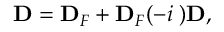
{ \mathbf D } = { \mathbf D } _ { F } + { \mathbf D } _ { F } ( - i { \mathbf \Pi } ) { \mathbf D } ,